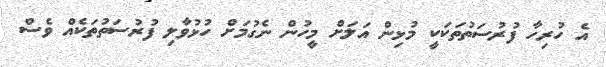
އެ ހުރިހާ ފުރުސަތުތަކަކީ މުޅިން އަލަށް މީހުން ނެގުމަށް ހުޅުވާލި ފުރުސަތުތަކެއް ވެސް